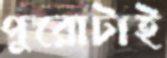
পুরোটাই